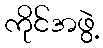
ကိုင်အဖွဲ့